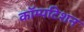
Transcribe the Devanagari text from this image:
कॉम्पटिशन